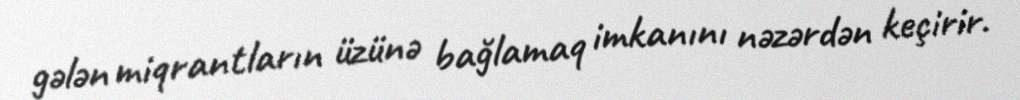
gələn miqrantların üzünə bağlamaq imkanını nəzərdən keçirir.